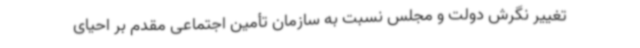
تغییر نگرش دولت و مجلس نسبت به سازمان تأمین اجتماعی مقدم بر احیای